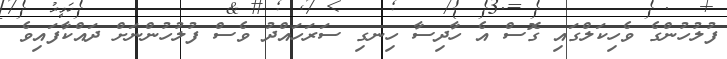
ފުލުހުންގެ ވެހިކަލްގައި ގޮސް އެ ހާދިސާ ހިނގި ސަރަހައްދު ވެސް ފުލުހުންނަށް ދައްކާފައިވެ